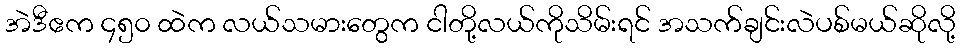
အဲဒီဧက ၄၅၀ ထဲက လယ်သမားတွေက ငါတို့လယ်ကိုသိမ်းရင် အသက်ချင်းလဲပစ်မယ်ဆိုလို့